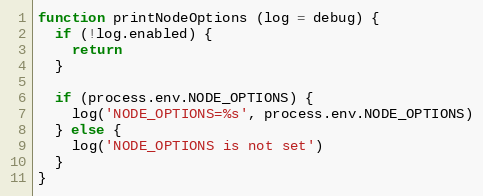
Language: JavaScript
function printNodeOptions (log = debug) {
  if (!log.enabled) {
    return
  }

  if (process.env.NODE_OPTIONS) {
    log('NODE_OPTIONS=%s', process.env.NODE_OPTIONS)
  } else {
    log('NODE_OPTIONS is not set')
  }
}